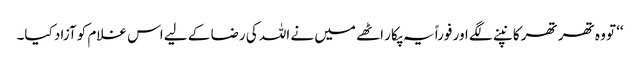
‘‘ تو وہ تھر تھر کانپنے لگے اور فوراً یہ پکار اٹھے میں نے اللہ کی رضا کے لیے اس غلام کو آزاد کیا۔